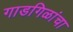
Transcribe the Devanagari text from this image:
गाडगिळांचा